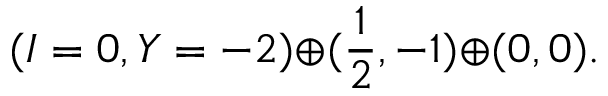
( I = 0 , Y = - 2 ) { \oplus } ( \frac { 1 } { 2 } , - 1 ) { \oplus } ( 0 , 0 ) .